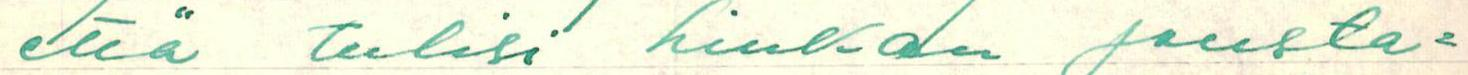
että tulisi hiukan jousta=